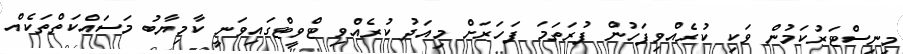
މިނިސްޓަރުކަމުން ވަކި ކުރެއްވިފަހުން ފުރަތަމަ ފަހަރަށް މިއަދު ކުރެއްވި ޓްވީޓްގައިވަނީ ކާމިޔާބު މަސައްކަތްތަކެއް